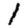
Digit: 1